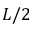
L / 2